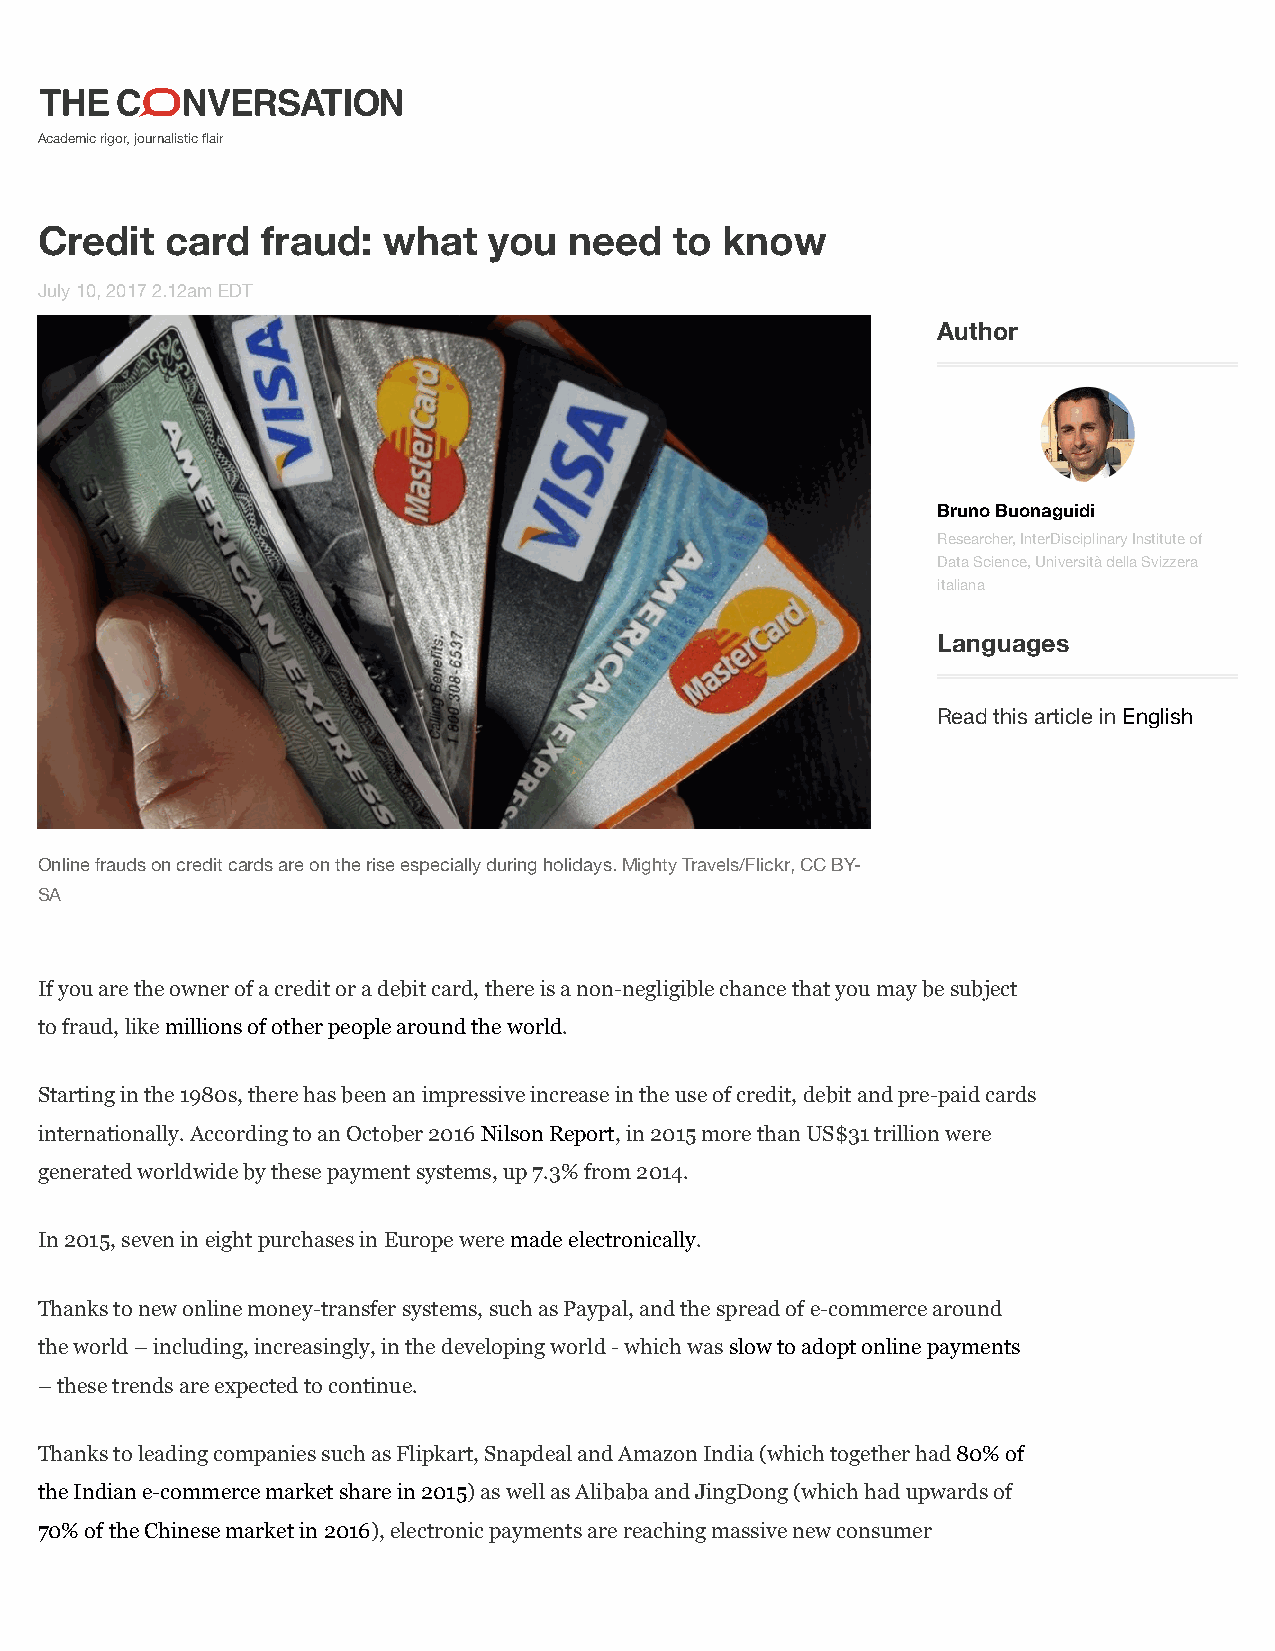
Academic rigor, journalistic flair
 Credit   card  fraud:  what   you   need   to know
 July 10, 2017 2.12am EDT
 Author
 Bruno Buonaguidi
 Researcher, InterDisciplinary Institute of
 Data Science, Università della Svizzera
 italiana
 Languages
 Read this article in English
 Online frauds on credit cards are on the rise especially during holidays. Mighty Travels/Flickr, CC BY-
 SA
 If you are the owner of a credit or a debit card, there is a non-negligible chance that you may be subject
 to fraud, like millions of other people around the world.
 Starting in the 1980s, there has been an impressive increase in the use of credit, debit and pre-paid cards
 internationally. According to an October 2016 Nilson Report, in 2015 more than US$31 trillion were
 generated worldwide by these payment systems, up 7.3% from 2014.
 In 2015, seven in eight purchases in Europe were made electronically.
 Thanks to new online money-transfer systems, such as Paypal, and the spread of e-commerce around
 the world – including, increasingly, in the developing world - which was slow to adopt online payments
 – these trends are expected to continue.
 Thanks to leading companies such as Flipkart, Snapdeal and Amazon India (which together had 80% of
 the Indian e-commerce market share in 2015) as well as Alibaba and JingDong (which had upwards of
 70% of the Chinese market in 2016), electronic payments are reaching massive new consumer